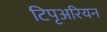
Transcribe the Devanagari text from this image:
टिपृअरियन